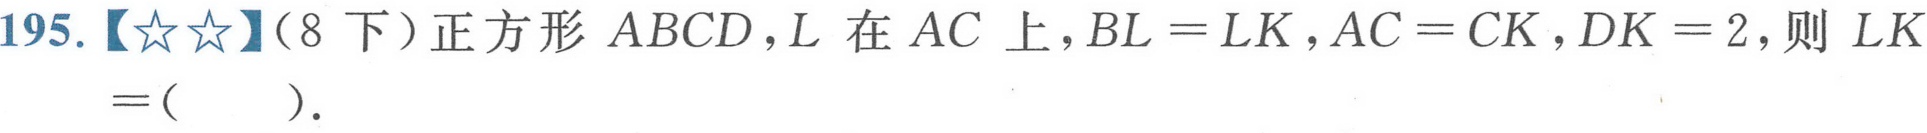
195.【★★】(8 下)正方形 \(ABCD\)，\(L\) 在 \(AC\) 上，\(BL = LK\)，\(AC = CK\)，\(DK = 2\)，则 \(LK=(\ \ \ \ \ )\).